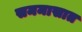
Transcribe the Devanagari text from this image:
सममासात